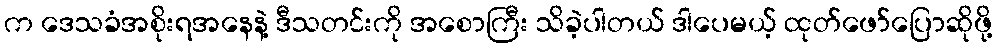
က ဒေသခံအစိုးရအနေနဲ့ ဒီသတင်းကို အစောကြီး သိခဲ့ပါတယ် ဒါပေမယ့် ထုတ်ဖော်ပြောဆိုဖို့